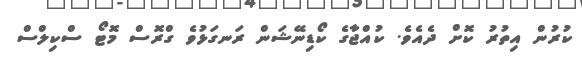
ކުރުން އިތުރު ކޮށް ދެއެވެ. ކުއްޖާގެ ކޯޑިނޭޝަން ރަނގަޅުވެ ގްރޮސް މޮޓޯ ސްކިލްސް